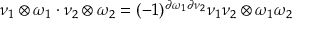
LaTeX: \nu _ { 1 } \otimes \omega _ { 1 } \cdot \nu _ { 2 } \otimes \omega _ { 2 } = ( - 1 ) ^ { \partial \omega _ { 1 } \partial \nu _ { 2 } } \nu _ { 1 } \nu _ { 2 } \otimes \omega _ { 1 } \omega _ { 2 }